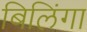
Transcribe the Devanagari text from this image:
बिलिंगा